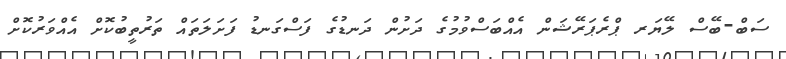
ސަބް-ބޭސް ލޭޔަރ ޕްރެޕަރޭޝަން އެއްބަސްވުމުގެ ދަށުން ދަނޑުގެ ފަސްގަނޑު ފަށަލަތައް ތަރުތީބުކޮށް އެއްވަރުކޮށް